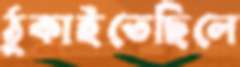
ঠুকাইতেছিলে